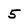
Character: 5